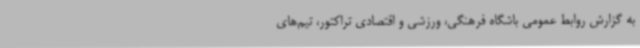
به گزارش روابط عمومی باشگاه فرهنگی، ورزشی و اقتصادی تراکتور، تیم‌های